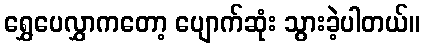
ရွှေပေလွှာကတော့ ပျောက်ဆုံး သွားခဲ့ပါတယ်။